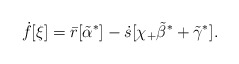
\begin{align*}\dot{f}[\xi] = \bar{r}[\tilde{\alpha}^*]- \dot{s}[\chi_+\tilde{\beta}^* + \tilde{\gamma}^*] .\end{align*}